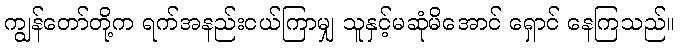
ကျွန်တော်တို့က ရက်အနည်းငယ်ကြာမျှ သူနှင့်မဆုံမိအောင် ရှောင် နေကြသည်။